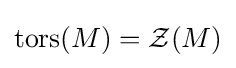
\operatorname {tors} (M)={\mathcal {Z}}(M)